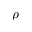
\rho